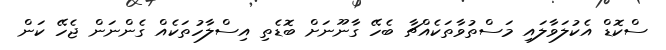
ސްކޮޑް އެކުލަވާލައި މަސްތުވާތަކެއްޗާ ބެހޭ ގާނޫނަށް ބޮޑެތި އިސްލާހުތަކެއް ގެންނަން ޖެހޭ ކަން